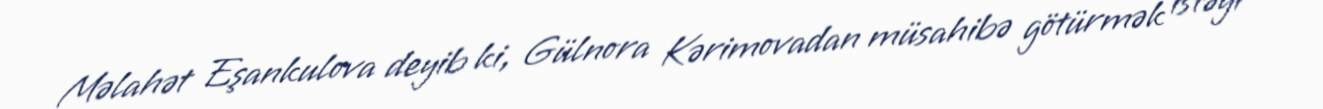
Məlahət Eşankulova deyib ki, Gülnora Kərimovadan müsahibə götürmək istəyi